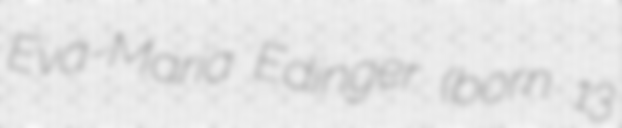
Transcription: Eva-Maria Edinger (born 13